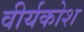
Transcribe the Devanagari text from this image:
वीर्यकोश